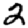
Digit: 2